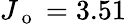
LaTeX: J_{\mathrm{~o~}}=3.51